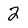
Character: 2